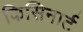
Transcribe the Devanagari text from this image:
किसिनार्ट